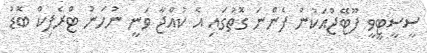
ސީސީޓީވީ ފޫޓޭޖްއަކުން ފެންނަ ގޮތުގައި އެ ކުއްޖާ ވަނީ ނުހަނު ޓްރެފިކް ބޮޑު